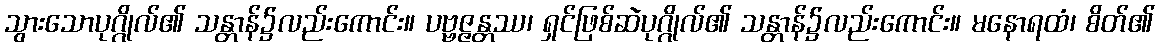
သွားသောပုဂ္ဂိုလ်၏ သန္တာန်၌လည်းကောင်း။ ပဗ္ဗဇ္ဇန္တဿ၊ ရှင်ဖြစ်ဆဲပုဂ္ဂိုလ်၏ သန္တာန်၌လည်းကောင်း။ မနောရထံ၊ စိတ်၏